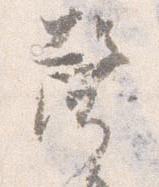
声